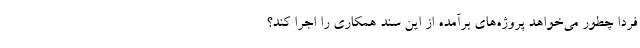
فردا چطور می‌خواهد پروژه‌های برآمده از این سند همکاری را اجرا کند؟